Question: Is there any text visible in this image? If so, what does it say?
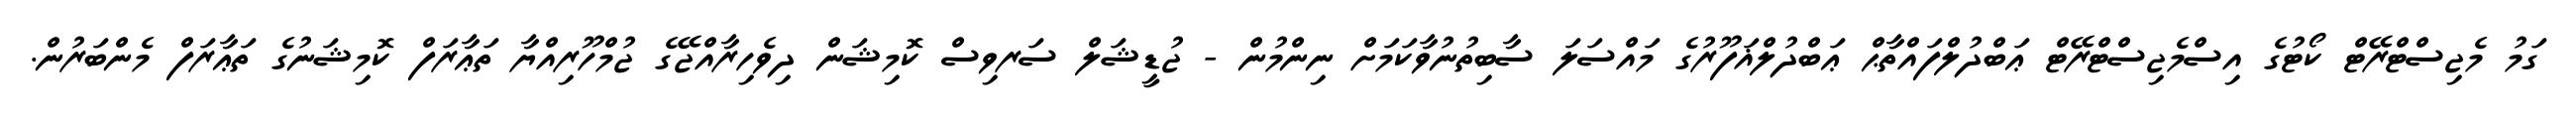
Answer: ގަމު މެޖިސްޓްރޭޓް ކޯޓުގެ އިސްމެޖިސްޓްރޭޓް ޢަބްދުލްފައްތާޙް ޢަބްދުލްޣަފޫރުގެ މައްސަލަ ސާބިތުނުވާކަމަށް ނިންމުން - ޖުޑީޝަލް ސަރވިސް ކޮމިޝަން ދިވެހިރާއްޖޭގެ ޖުމްހޫރިއްޔާ ތަޢާރަފް ކޮމިޝަނުގެ ތަޢާރަފް މެންބަރުން.